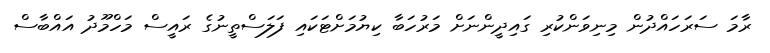
ރާމަ ސަރަހައްދުން މިނިވަންކުރި ގައިދީންނަށް މަރުހަބާ ކިޔުމަށްޓަކައި ފަލަސްތީނުގެ ރައީސް މަހްމޫދު އައްބާސް